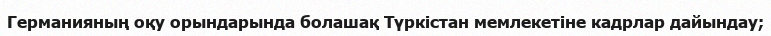
Германияның оқу орындарында болашақ Түркістан мемлекетіне кадрлар дайындау;